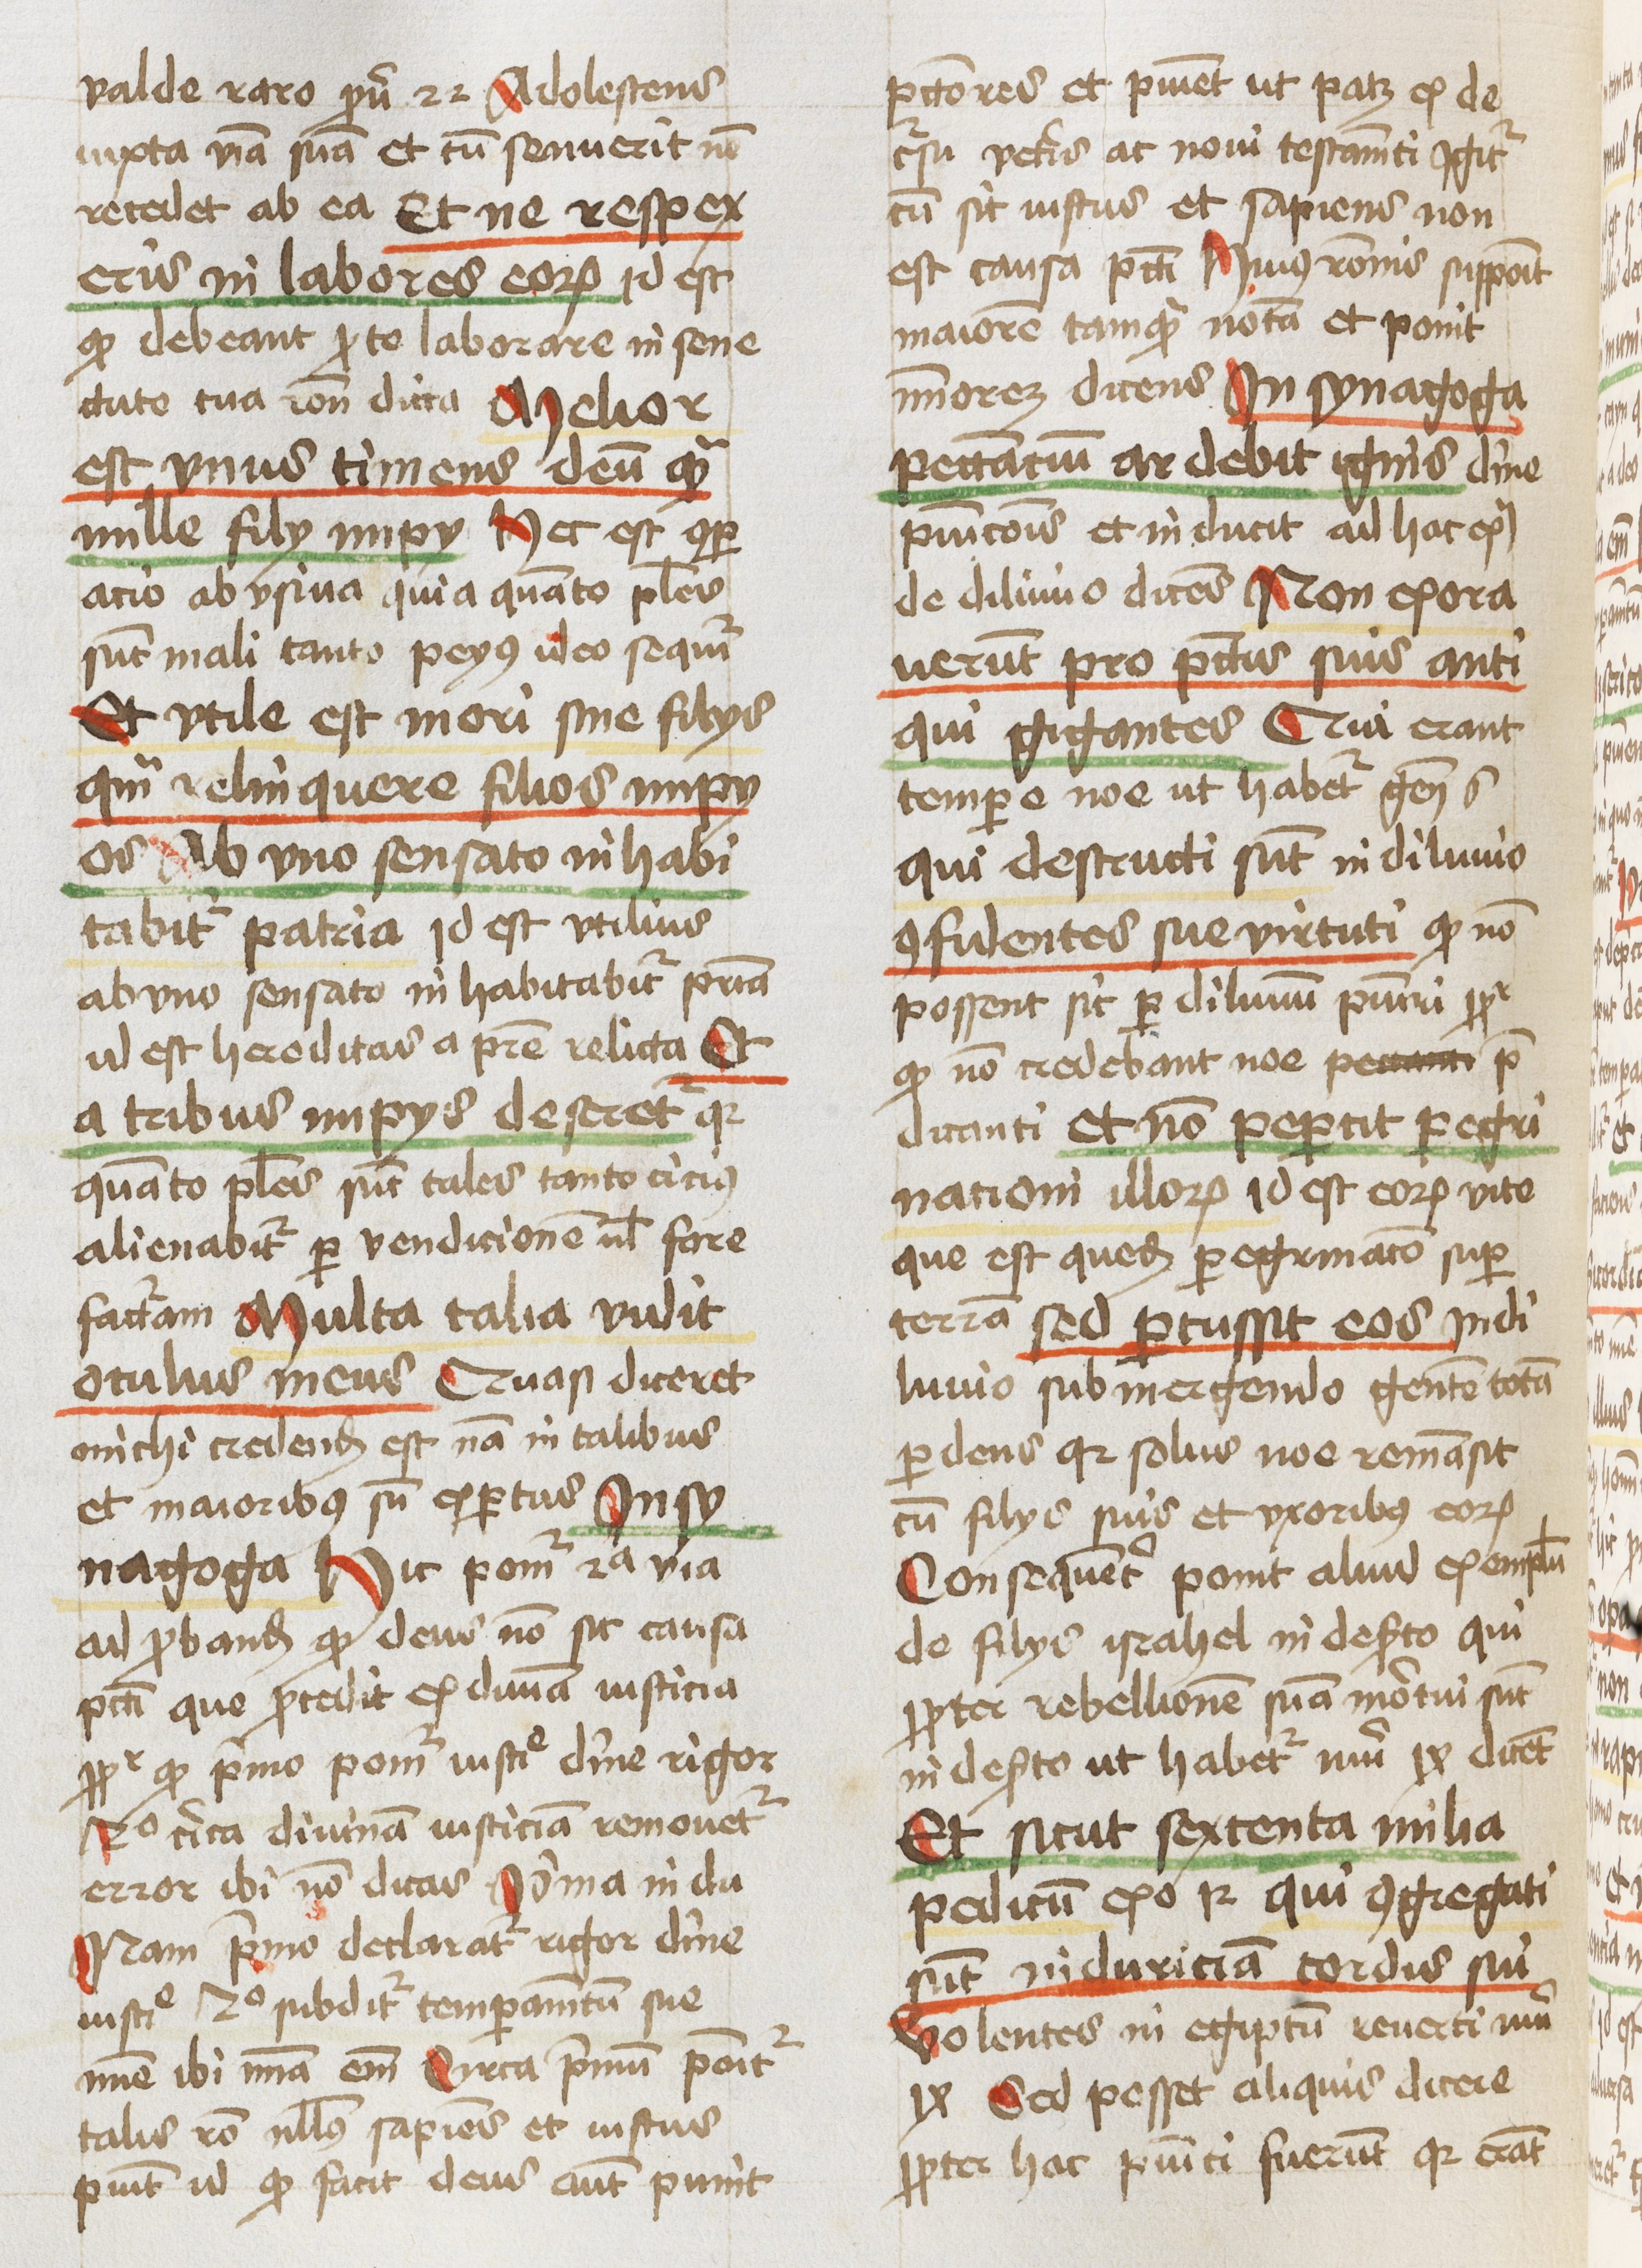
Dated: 1460–1460